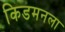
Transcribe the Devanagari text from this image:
किडमनला